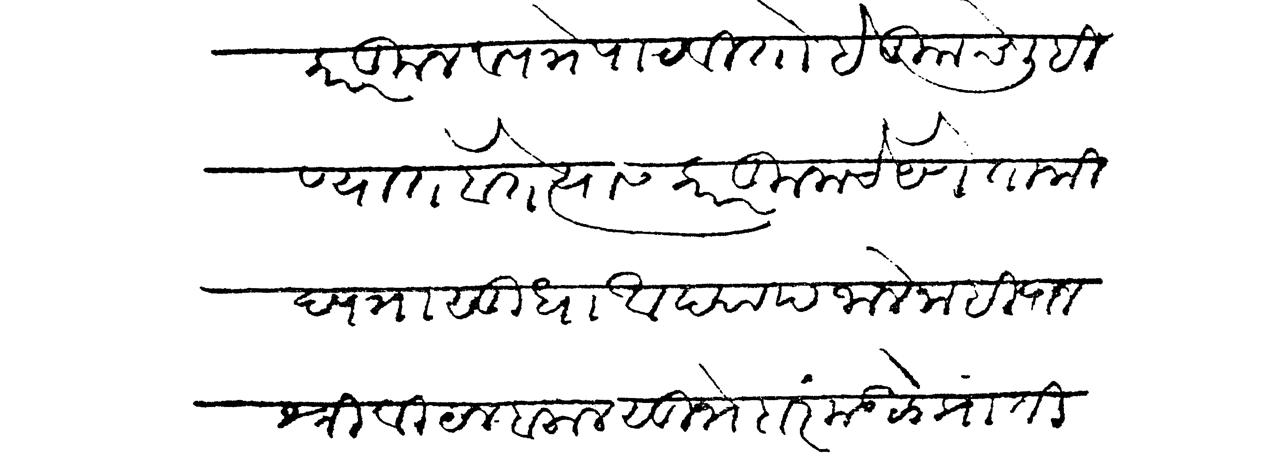
Transliteration (Devanagari): कारकून व पत्रे पाठवितो हे तुमचे लिहिण्यांत होते त्यास कारकुनाचे येणे ताकीद पत्रासुधा आद्याप जाले नाही राजश्री विठल बलाल सुभेदार मंडळे प्रांती